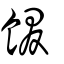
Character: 餟